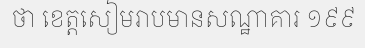
ថា ខេត្តសៀមរាបមានសណ្ឋាគារ ១៩៩